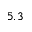
5 . 3